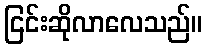
ငြင်းဆိုလာလေသည်။